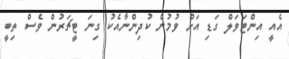
އެއީ އިންޓަވަލް ގަޑި އަށް ވުމުން ކުދިންނާއެކު ގިނަ ޓީޗަރުން ވެސް ތިބީ